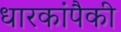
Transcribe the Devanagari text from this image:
धारकांपैकी